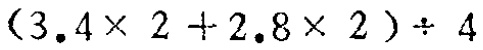
$(3.4\times 2 + 2.8\times 2)\div 4$